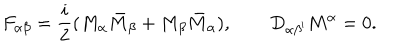
LaTeX: F _ { \alpha \beta } = { \frac { i } { 2 } } ( M _ { \alpha } \bar { M } _ { \beta } + M _ { \beta } \bar { M } _ { \alpha } ) , \quad \quad D _ { \alpha \beta ^ { \prime } } M ^ { \alpha } = 0 .